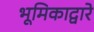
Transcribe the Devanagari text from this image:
भूमिकाद्वारे